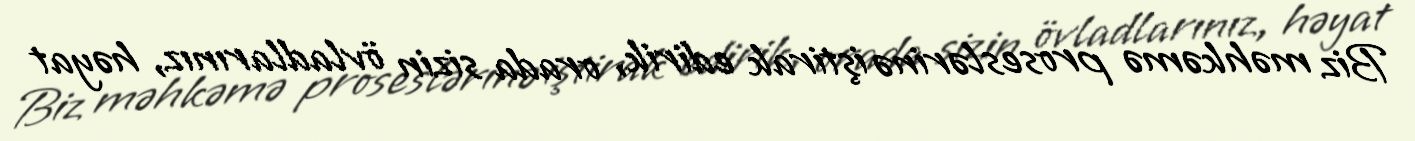
Biz məhkəmə proseslərinə iştirak edirik, orada sizin övladlarınız, həyat